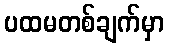
ပထမတစ်ချက်မှာ